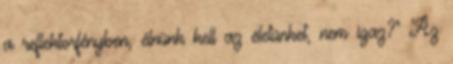
a reflektorfényben, élnünk kell az életünket, nem igaz?" Az